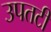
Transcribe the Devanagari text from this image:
उपतटी